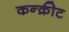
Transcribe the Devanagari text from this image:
कन्क्रीट